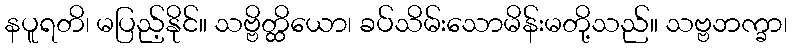
နပူရတိ၊ မပြည့်နိုင်။ သဗ္ဗိတ္ထိယော၊ ခပ်သိမ်းသောမိန်းမတို့သည်။ သဗ္ဗဘက္ခာ၊